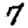
Digit: 7